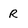
Character: R